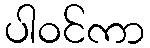
ပါဝင်ကာ